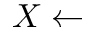
X \leftarrow